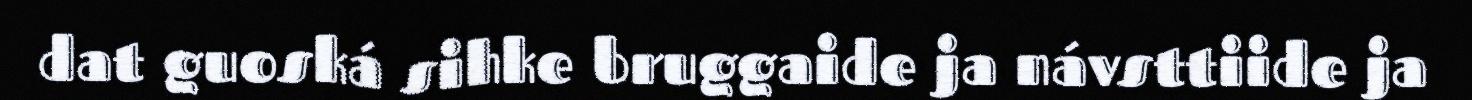
dat guoská sihke bruggaide ja návsttiide ja